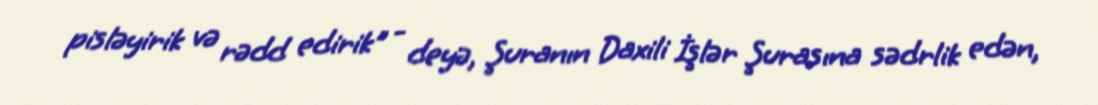
pisləyirik və rədd edirik" - deyə, Şuranın Daxili İşlər Şurasına sədrlik edən,